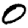
Digit: 0